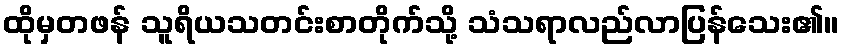
ထိုမှတဖန် သူရိယသတင်းစာတိုက်သို့ သံသရာလည်လာပြန်သေး၏။